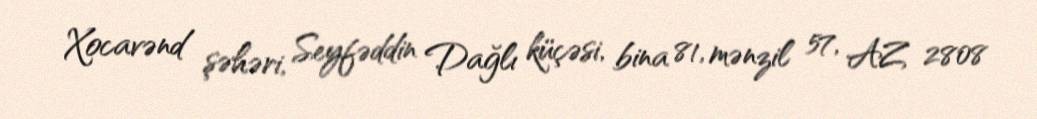
Xocavənd şəhəri, Seyfəddin Dağlı küçəsi, bina 81, mənzil 57, AZ 2808